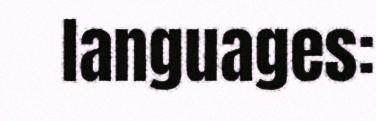
languages: